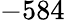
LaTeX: -584